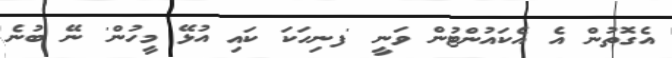
އެގޮތުން އެ އެކައުންޓުން ވަނީ 'ފނިހަކަ ކައި އުޅޭ މީހުން' ނޭ ބުނެ